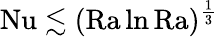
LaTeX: \mathrm{{Nu}}\lesssim(\mathrm{{Ra}}\ln\mathrm{{Ra}})^{\frac 13}